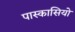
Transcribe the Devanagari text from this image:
पास्कासियो